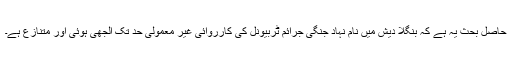
حاصل بحث یہ ہے کہ بنگلا دیش میں نام نہاد جنگی جرائم ٹربیونل کی کارروائی غیر معمولی حد تک الجھی ہوئی اور متنازع ہے۔